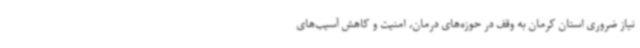
نیاز ضروری استان کرمان به وقف در حوزه‌های درمان، امنیت و کاهش آسیب‌های